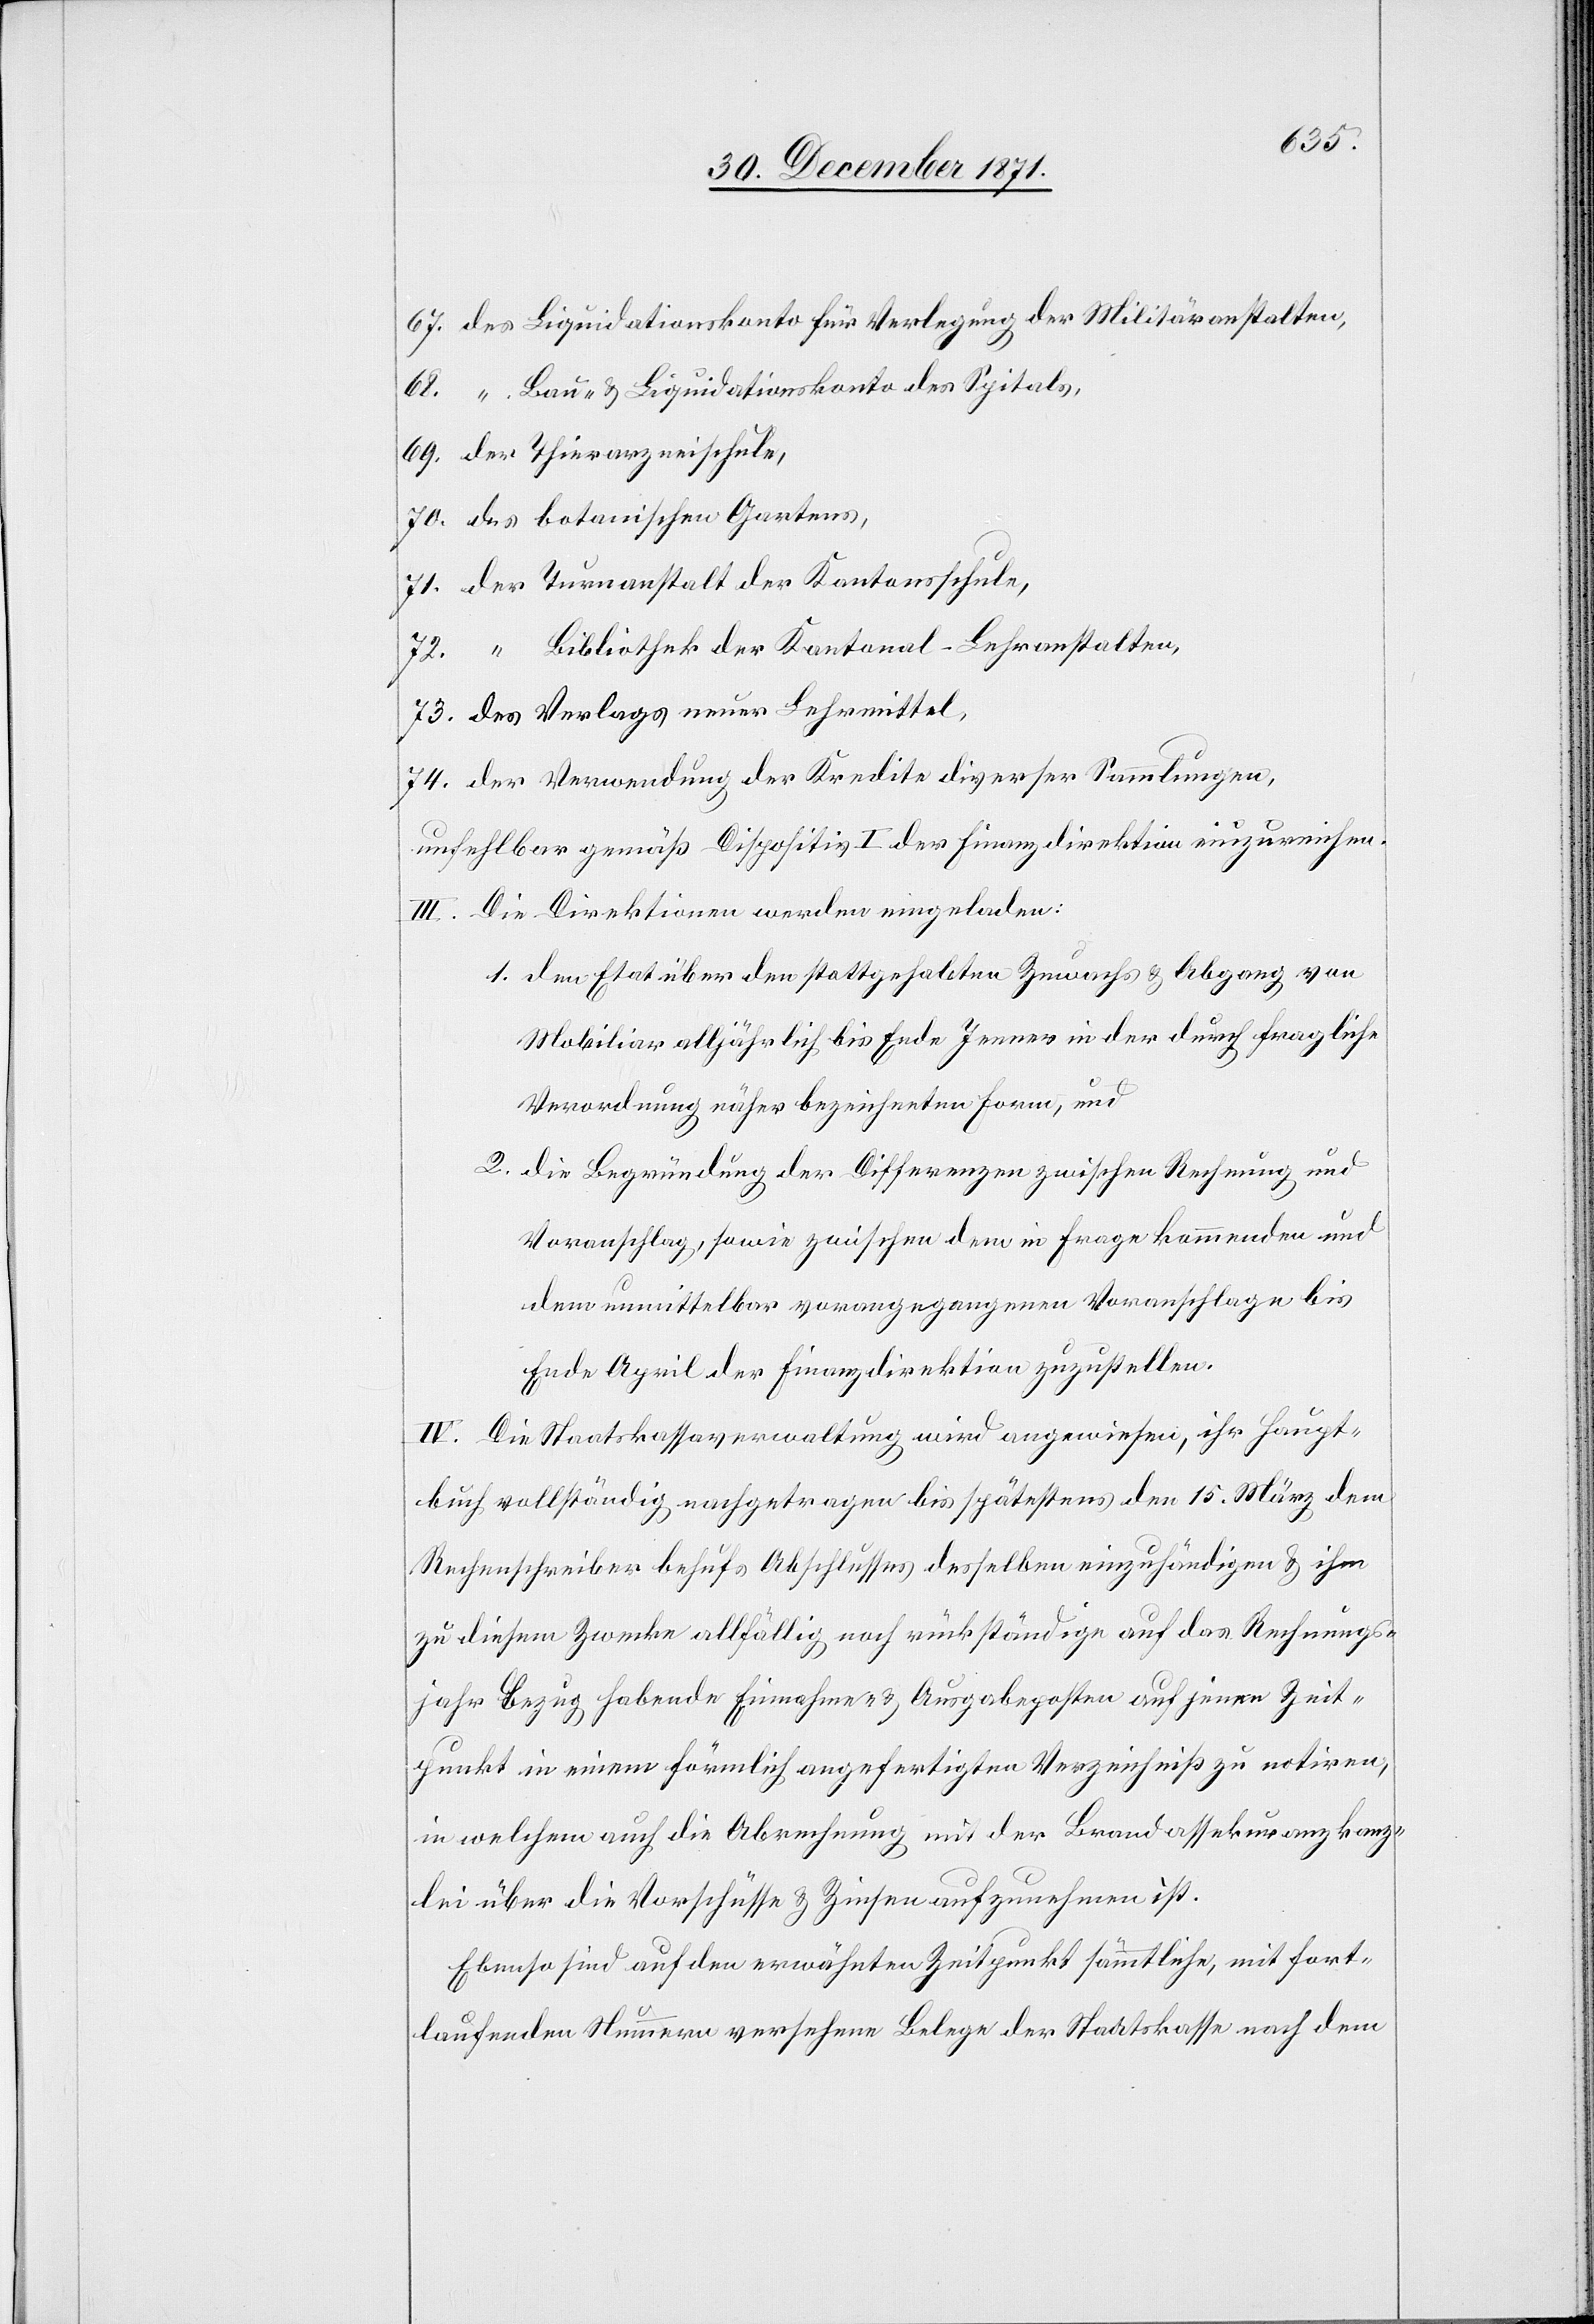
67. des Liquidationskonto für Verlegung der Militäranstalten,
68. “ Bau- & Liquidationskonto des Spitals,
69. der Thierarzneischule,
70. des botanischen Gartens,
71. der Turnanstalt der Kantonsschule,
72. “ Bibliothek der Kantonal-Lehranstalten,
73. des Verlags neuer Lehrmittel,
74. der Verwendung der Kredite diverser Sammlungen,
unfehlbar gemäß Dispositiv I der Finanzdirektion einzureichen.
III. Die Direktionen werden eingeladen:
1. den Etat über den stattgehabten Zuwachs & Abgang von
Mobiliar alljährlich bis Ende Jenner in der durch fragliche
Verordnung näher bezeichneten Form, und
2. die Begründung der Differenzen zwischen Rechnung und
Voranschlag, sowie zwischen dem in Frage kommenden und
dem unmittelbar vorangegangenen Voranschlage bis
Ende April der Finanzdirektion zuzustellen.
IV. Die Staatskassaverwaltung wird angewiesen, ihr Haupt¬
buch vollständig nachgetragen bis spätestens den 15. März dem
Rechenschreiber behufs Abschlusses desselben einzuhändigen & ihm
zu diesem Zwecke allfällig noch rückständige auf das Rechnungs¬
jahr Bezug habende Einnahme- & Ausgabeposten auf jenen Zeit¬
punkt in einem förmlich angefertigten Verzeichniß zu notiren,
in welchem auch die Abrechnung mit der Brandassekuranzkanz¬
lei über die Vorschüsse & Zinsen aufzurechnen ist.
Ebenso sind auf den erwähnten Zeitpunkt sämmtliche, mit fort¬
laufenden Nummern versehene Belege der Staatskassa nach dem